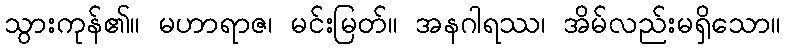
သွားကုန်၏။ မဟာရာဇ၊ မင်းမြတ်။ အနဂါရဿ၊ အိမ်လည်းမရှိသော။